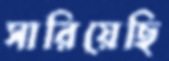
সারিয়েছি